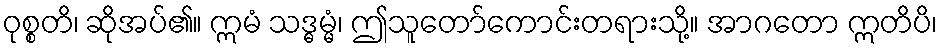
ဝုစ္စတိ၊ ဆိုအပ်၏။ ဣမံ သဒ္ဓမ္မံ၊ ဤသူတော်ကောင်းတရားသို့။ အာဂတော ဣတိပိ၊